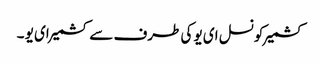
کشمیرکونسل ای یو کی طرف سے کشمیرای یو ۔